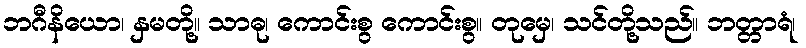
ဘဂီနိယော၊ နှမတို့။ သာဓု၊ ကောင်းစွ ကောင်းစွ။ တုမှေ၊ သင်တို့သည်။ ဘတ္တာရံ၊